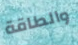
والطاقة